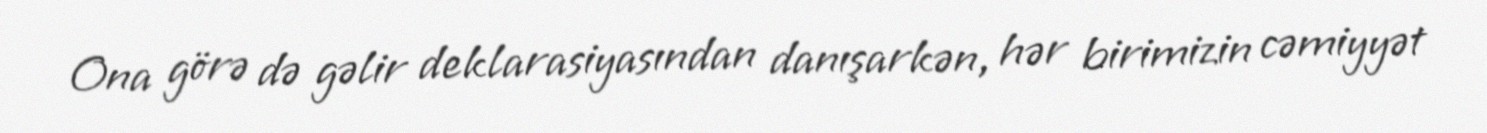
Ona görə də gəlir deklarasiyasından danışarkən, hər birimizin cəmiyyət